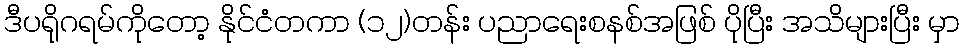
ဒီပရိုဂရမ်ကိုတော့ နိုင်ငံတကာ (၁၂)တန်း ပညာရေးစနစ်အဖြစ် ပိုပြီး အသိများပြီး မှာ